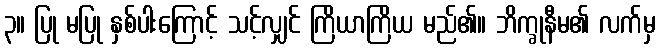
၃။ ပြု မပြု နှစ်ပါးကြောင့် သင့်လျှင် ကြိယာကြိယ မည်၏။ ဘိက္ခုနီမ၏ လက်မှ